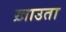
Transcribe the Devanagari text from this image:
ख़ाउता